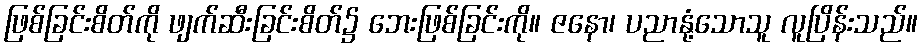
ဖြစ်ခြင်းစိတ်ကို ဖျက်ဆီးခြင်းစိတ်၌ ဘေးဖြစ်ခြင်းကို။ ဇနော၊ ပညာနုံ့သောသူ လူပြိန်းသည်။